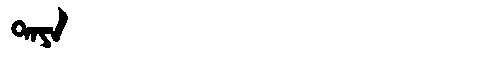
Manchu: ᡨᠠᠶᠠ
Romanization: TAYA